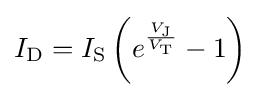
I_{\text{D}}=I_{\text{S}}\left(e^{\frac {V_{\text{J}}}{V_{\text{T}}}}-1\right)